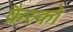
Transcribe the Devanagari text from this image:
कैस्को